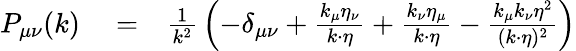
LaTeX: \begin{array}{rlr}{P_{\mu\nu}(k)}&{{}=}&{{\frac{1}{k^{2}}}\left(-\delta_{\mu\nu}+{\frac{k_{\mu}\eta_{\nu}}{k\cdot\eta}}+{\frac{k_{\nu}\eta_{\mu}}{k\cdot\eta}}-{\frac{k_{\mu}k_{\nu}\eta^{2}}{(k\cdot\eta)^{2}}}\right)}\end{array}